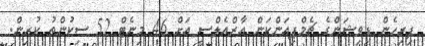
ފިރިހެން ޑިވިޝަންގެ ޗެމްޕިއަންކަން އާރްއެލްސީ އަށް 46 މިނެޓް 52 ސިކުންތު ކުރިން.